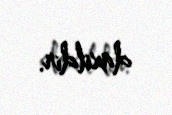
daxildir.